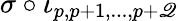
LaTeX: \sigma\circ\iota_{p,p+1,...,p+\mathscr{Q}}